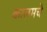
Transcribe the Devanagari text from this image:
कालमचे